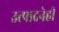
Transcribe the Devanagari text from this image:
उत्पादनेही